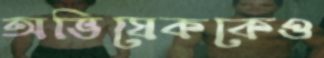
অভিষেককেও